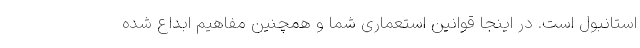
استانبول است. در اینجا قوانین استعماری شما و همچنین مفاهیم ابداع شده